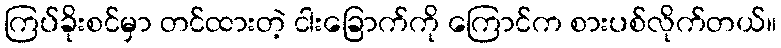
ကြပ်ခိုးစင်မှာ တင်ထားတဲ့ ငါးခြောက်ကို ကြောင်က စားပစ်လိုက်တယ်။